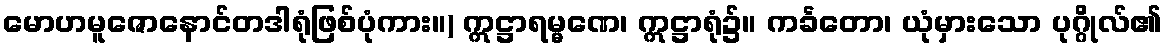
မောဟမူဇောနောင်တဒါရုံဖြစ်ပုံကား။) ဣဋ္ဌာရမ္မဏေ၊ ဣဋ္ဌာရုံ၌။ ကင်္ခတော၊ ယုံမှားသော ပုဂ္ဂိုလ်၏